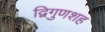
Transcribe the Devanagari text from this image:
द्विगुणशह